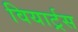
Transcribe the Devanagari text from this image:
वियार्ट्रस